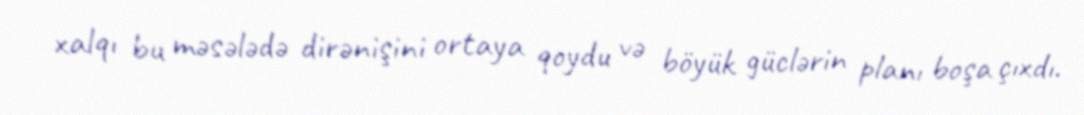
xalqı bu məsələdə dirənişini ortaya qoydu və böyük güclərin planı boşa çıxdı.